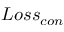
L o s s _ { c o n }